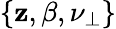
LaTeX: \{ \mathbf{z},\beta,\nu_{\perp}\}